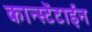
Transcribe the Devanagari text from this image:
कान्स्टेंटाईन